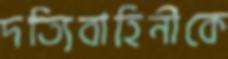
দত্যিবাহিনীকে